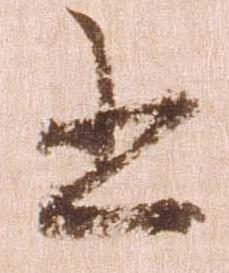
書